Scottish Certificate of Education, 1963
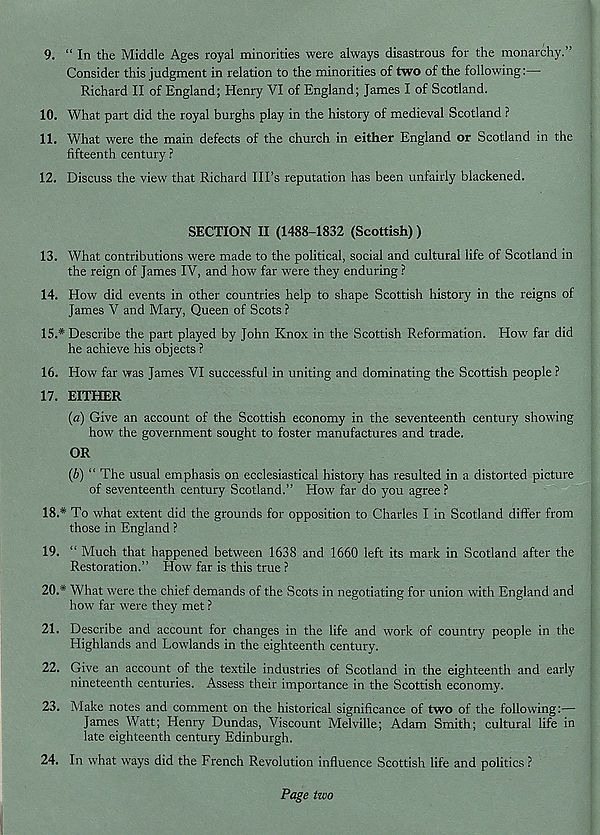
9. “ In the Middle Ages royal minorities were always disastrous for the monarchy.”
Consider this judgment in relation to the minorities of two of the following:—
Richard II of England; Henry VI of England; James I of Scotland.
10. What part did the royal burghs play in the history of medieval Scotland ?
11. What were the main defects of the church in either England or Scotland in the
fifteenth century ?
12. Discuss the view that Richard Ill’s reputation has been unfairly blackened.
SECTION II (1488-1832 (Scottish))
13. What contributions were made to the political, social and cultural life of Scotland in
the reign of James IV, and how far were they enduring ?
14. How did events in other countries help to shape Scottish history in the reigns of
James V and Mary, Queen of Scots ?
15.
* Describe the part played by John Knox in the Scottish Reformation.
he achieve his objects ?
16. How far was James VI successful in uniting and dominating the Scottish people ?
17. EITHER
(a) Give an account of the Scottish economy in the seventeenth century showing
how the government sought to foster manufactures and trade.
OR
(b) “ The usual emphasis on ecclesiastical history has resulted in a distorted picture
of seventeenth century Scotland.” How far do you agree?
18.
* To what extent did the grounds for opposition to Charles I in Scotla
those in England ?
19. “ Much that happened between 1638 and 1660 left its mark in Scotland after the
Restoration.” How far is this true ?
20.
* What were the chief demands of the Scots in negotiating for union wi
how far were they met ?
21. Describe and account for changes in the life and work of country people in the
Highlands and Lowlands in the eighteenth century.
22. Give an account of the textile industries of Scotland in the eighteenth and early
nineteenth centuries. Assess their importance in the Scottish economy.
23. Make notes and comment on the historical significance of two of the following:—
James Watt; Henry Dundas, Viscount Melville; Adam Smith; cultural life in
late eighteenth century Edinburgh.
24. In what ways did the French Revolution influence Scottish life and politics ?
Page two